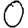
Digit: 0